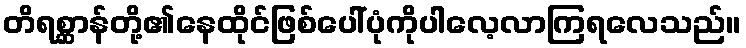
တိရစ္ဆာန်တို့၏နေထိုင်ဖြစ်ပေါ်ပုံကိုပါလေ့လာကြရလေသည်။